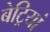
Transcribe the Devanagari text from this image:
बेट्रियां